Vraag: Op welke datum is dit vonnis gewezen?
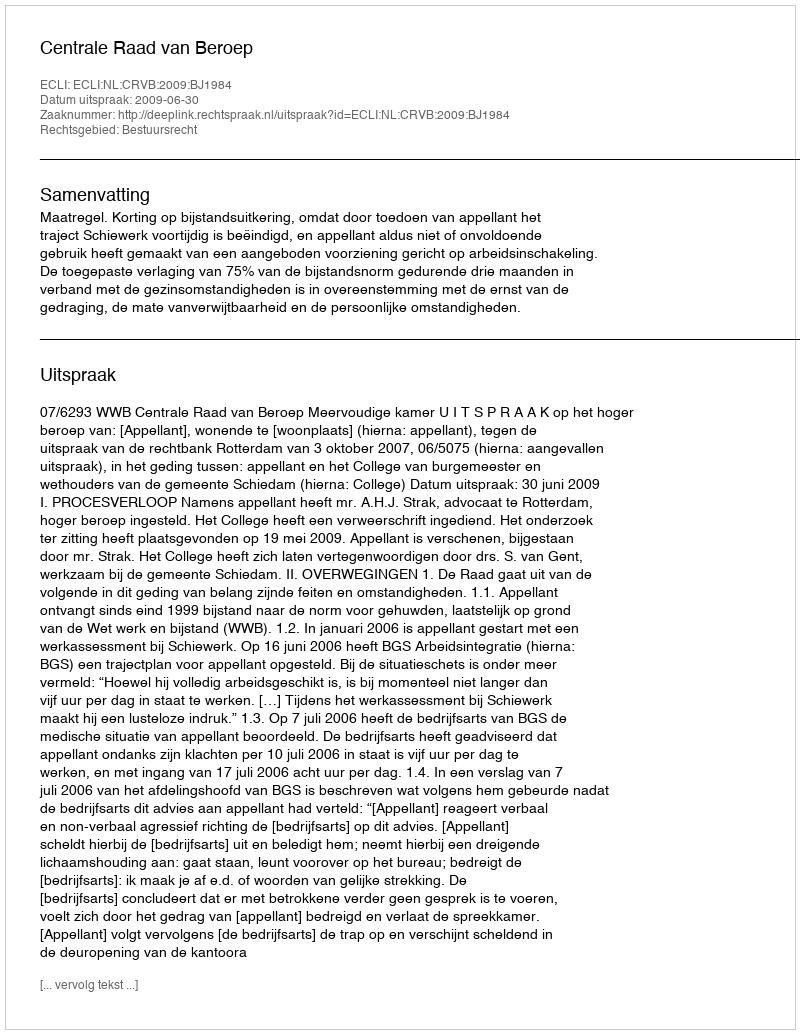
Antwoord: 2009-06-30